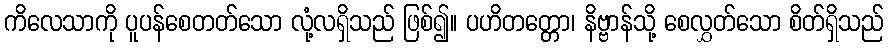
ကိလေသာကို ပူပန်စေတတ်သော လုံ့လရှိသည် ဖြစ်၍။ ပဟိတတ္တော၊ နိဗ္ဗာန်သို့ စေလွှတ်သော စိတ်ရှိသည်